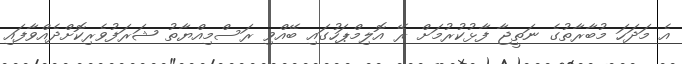
އެ މަދަހަ މުބާރާތުގެ ނަތީޖާ ފާޅުކުރުމަށް ރޭ އޮލިމްޕަހުގައި ބޭއްވި ރަސްމިއްޔާތު ޝަރަފުވެރިކޮށްދެއްވާފައި